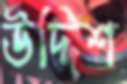
উদ্দিশ